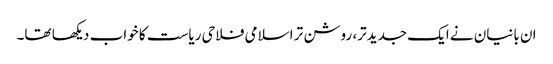
ان بانیان نے ایک جدیدتر، روشن تر اسلامی فلاحی ریاست کا خواب دیکھا تھا۔